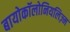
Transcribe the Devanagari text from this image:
बायोकॉलोनियलिज़्म